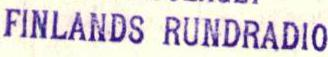
FINLANDS RUNDRADIO